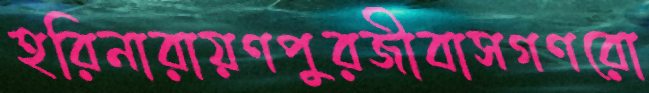
হরিনারায়ণপুরজীবাসগণরো